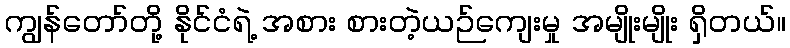
ကျွန်တော်တို့ နိုင်ငံရဲ့ အစား စားတဲ့ယဉ်ကျေးမှု အမျိုးမျိုး ရှိတယ်။